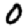
Digit: 0